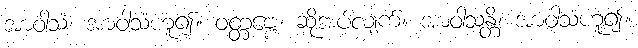
အာဝါသံ၊ အာဝါသံဟူ၍။ ဝတ္တဗ္ဗေ၊ ဆိုအပ်လျက်။ အာဝါသန္တိ၊ အာဝါသံဟူ၍။